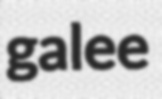
galee